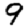
Digit: 9